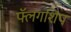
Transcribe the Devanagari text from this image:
फ्लॅगशिप